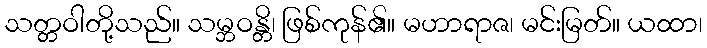
သတ္တဝါတို့သည်။ သမ္ဘဝန္တိ၊ ဖြစ်ကုန်၏။ မဟာရာဇ၊ မင်းမြတ်။ ယထာ၊